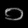
Digit: ၁